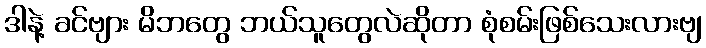
ဒါနဲ့ ခင်ဗျား မိဘတွေ ဘယ်သူတွေလဲဆိုတာ စုံစမ်းဖြစ်သေးလားဗျ